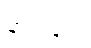
တင်ခြင်း